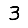
Digit: 3